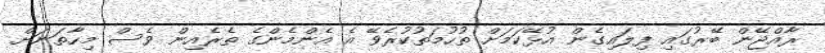
ރާއްޖޭން ބޭރުގައި ފިލައިގެން އުޅޭކަމަށް ތުހުމަތުކުރެވޭ އެ އެންމެންގެ ތެރެއިން ވެސް މިހާތަނަށް